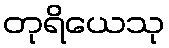
တုရိယေသု